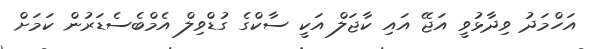
އަހްމަދު ވިދާޅުވީ އަޖޭ އައި ކާޖަލް އަކީ ސާކްގެ ގުޑްވިލް އެމްބެސެޑަރުން ކަމަށް